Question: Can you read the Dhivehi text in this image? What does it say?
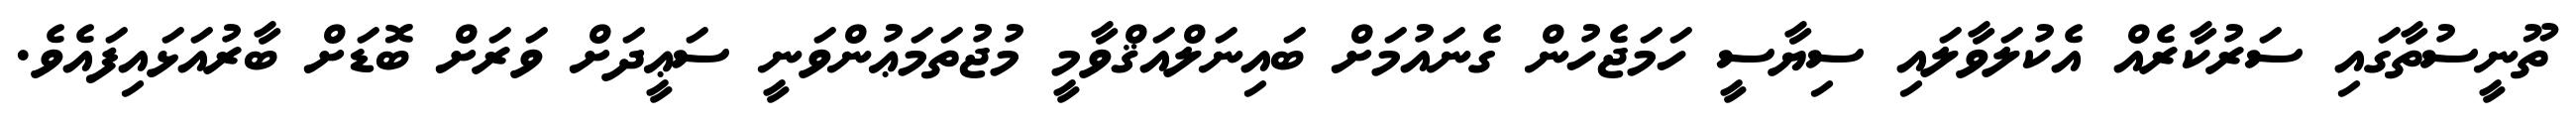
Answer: ތޫނީސުތާގައި ސަރުކާރެއް އެކުލަވާލައި ސިޔާސީ ހަމަޖެހުން ގެނައުމަށް ބައިނަލްއަޤްވާމީ މުޖުތަމަޢުންވަނީ ސަޢީދަށް ވަރަށް ބޮޑަށް ބާރުއަޅައިފައެވެ.